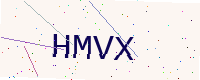
Text: HMVX